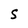
Character: S